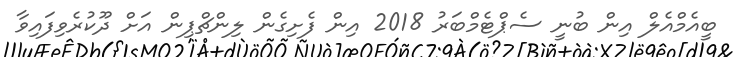
ބީއެމްއެލް އިން ބުނީ ސެޕްޓެމްބަރު 2018 އިން ފެށިގެން ލިންޗްޕިން އަށް ދޫކުރެވިފައިވާ